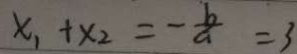
x _ { 1 } + x _ { 2 } = - \frac { b } { a } = 3